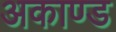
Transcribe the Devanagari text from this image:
अकाण्ड